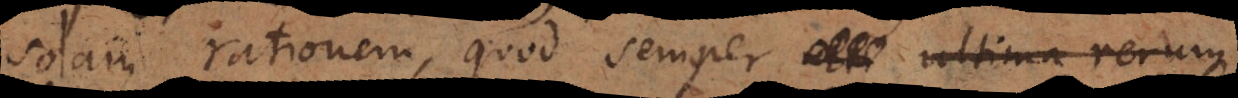
solam rationem, quod semper _ ultima rerum